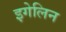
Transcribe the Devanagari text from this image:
इगेलिन